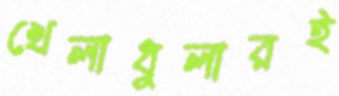
খেলাধুলারই